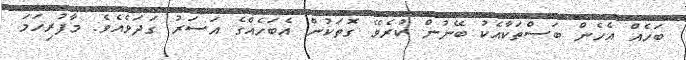
ބަހެއް އެހެން ބަސްތަކާއެކު ބޭނުން ކުރެވޭ ގޮތަކުން އެބަހެއްގެ އަސަރު ގަދަވެއެވެ. މާފުރިހަމަ